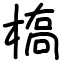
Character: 槗